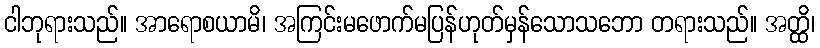
ငါဘုရားသည်။ အာရောစယာမိ၊ အကြင်းမဖောက်မပြန်ဟုတ်မှန်သောသဘော တရားသည်။ အတ္ထိ၊